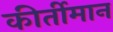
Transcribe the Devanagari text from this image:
कीर्तीमान